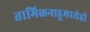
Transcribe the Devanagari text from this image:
तामिळनाडूमध्येही